Annual report of the Madras Medical College
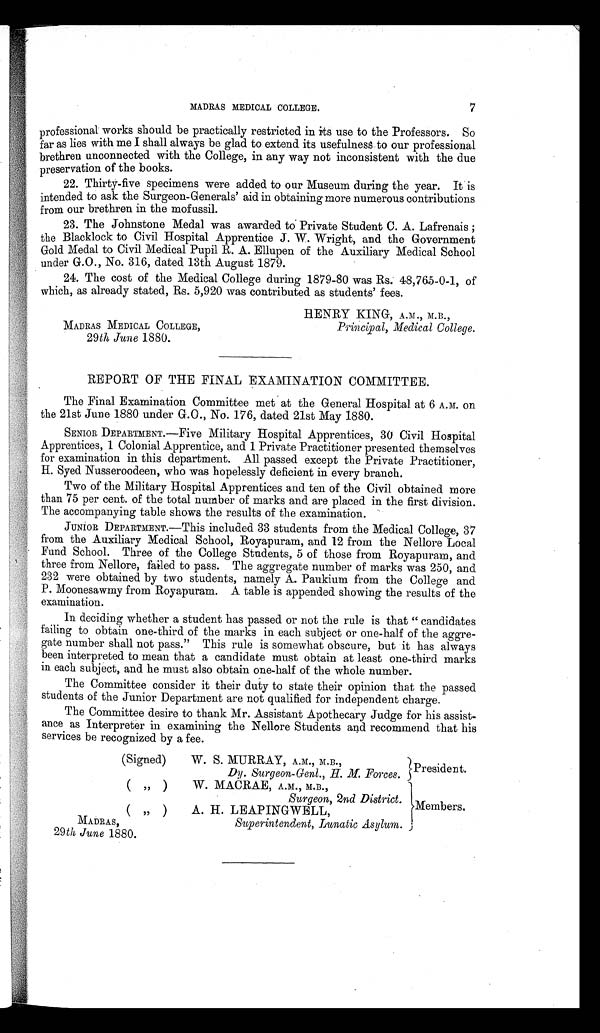
MADRAS MEDICAL COLLEGE,
Principal, Medical College.
29th, June 1880.
29th June 1880.
M A D R A S ,
Superintendent, Lunatic Asylum.
MADRAS MEDICAL COLLEGE.
7
professional works should be practically restricted in its use to the Professors. So
far as lies with me I shall always be glad to extend its usefulness to our professional
brethren unconnected with the College, in any way not inconsistent with the due
preservation of the books.
22. Thirty-five specimens were added to our Museum during the year. It is
intended to ask the Surgeon-Generals' aid in obtaining more numerous contributions
from our brethren in the mofussil.
23. The Johnstone Medal was awarded to' Private Student C. A. Lafrenais ;
the Blacklock to Civil Hospital Apprentice J. W. Wright, and the Government
Gold Medal to Civil Medical Pupil R. A. Ellupen of the Auxiliary Medical School
under G.O., No. 316, dated 13th August 1879.
24. The cost of the Medical College during 1879-80 was Rs. 48,765-0-1, of
which, as already stated, Rs. 5,920 was contributed as students' fees.
HENRY KING. A.M.. M.D..
REPORT OF THE FINAL EXAMINATION COMMITTEE.
-
The Final Examination Committee met at the General Hospital at 6 A.M. on
the 21st June 1880 under G.O., No. 176, dated 21st May 1880.
SENIOR DEPARTMENT.—Five Military Hospital Apprentices, 30 Civil Hospital
Apprentices, 1 Colonial Apprentice, and 1 Private Practitioner presented themselves
for examination in this department. All passed except the Private Practitioner,
H. Syed Nusseroodeen, who was hopelessly deficient in every branch.
Two of the Military Hospital Apprentices and ten of the Civil obtained more
than 75 per cent. of the total number of marks and are placed in the first division.
The accompanying table shows the results of the examination.
JUNIOR DEPARTMENT.—This included 33 students from the Medical College, 37
from the Auxiliary Medical School, Royapuram, and 12 from the Nellore Local
Fund School. Three of the College Students, 5 of those from Royapuram, and
three from Nellore, failed to pass. The aggregate number of marks was 250, and
232 were obtained by two students, namely A. Paukium from the College and
P. Moonesawmy from Royapuram. A table is appended showing the results of the
examination.
In deciding whether a student has passed or not the rule is that " candidates
failing to obtain one-third of the marks in each subject or one-half of the aggre-
gate number shall not pass." This rule is somewhat obscure, but it has always
been interpreted to mean that a candidate must obtain at least one-third marks
in each subject, and he must also obtain one-half of the whole number.
The Committee consider it their duty to state their opinion that the passed
students of the Junior Department are not qualified for independent charge.
The Committee desire to thank Mr. Assistant Apothecary Judge for his assist-
ance as Interpreter in examining the Nellore Students and recommend that his
services be recognized by a fee.
(Signed)
W. S. MURRAY, A.M., M.B.,
Dy. Surgeon-Genl., H. M. Forces. President.
)
W. MACRAE, A.M., M.B.,
Surgeon, 2nd District. Members,
( „ )
A. H. LEAPINGWELL,